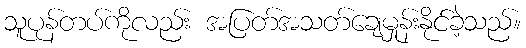
သူပုန်တပ်ကိုလည်း အပြတ်အသတ်ချေမှုန်းနိုင်ခဲ့သည်။